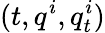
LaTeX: (t,q^{i},q_{t}^{i})